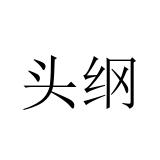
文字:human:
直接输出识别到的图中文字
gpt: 头纲